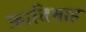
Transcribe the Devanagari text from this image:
फ़ातिमाह